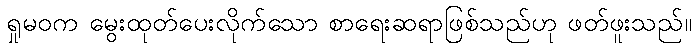
ရှုမဝက မွေးထုတ်ပေးလိုက်သော စာရေးဆရာဖြစ်သည်ဟု ဖတ်ဖူးသည်။